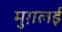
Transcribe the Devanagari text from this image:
मुग़लई